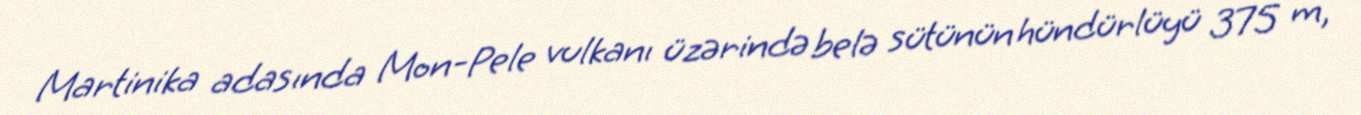
Martinika adasında Mon-Pele vulkanı üzərində belə sütünün hündürlüyü 375 m,